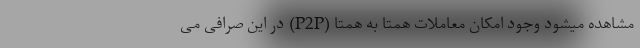
مشاهده میشود وجود امکان معاملات همتا به همتا (P2P) در این صرافی می